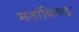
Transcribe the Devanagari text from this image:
मतांविरुद्ध